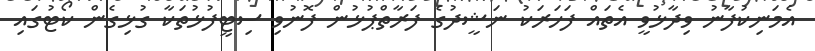
އެމަނިކުފާނު ވިދާޅުވީ އެތައް ފަހަރަކު ނަޝީދުގެ ފަރާތްޕުޅުން ފޮނުވި ސިޓީފުޅުތަކާ ގުޅިގެން ކޯޓުގައި